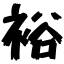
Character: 裕